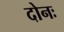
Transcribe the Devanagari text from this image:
दोनः